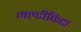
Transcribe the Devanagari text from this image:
मल्टीफिदा